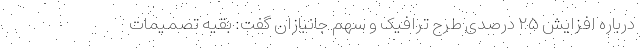
درباره افزایش ۲۵ درصدی طرح ترافیک و سهم جانبازان گفت: بقیه تصمیمات